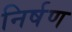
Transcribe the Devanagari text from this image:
निर्षण